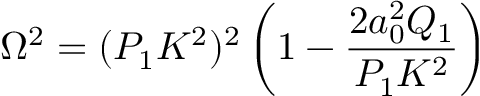
\Omega ^ { 2 } = ( P _ { 1 } K ^ { 2 } ) ^ { 2 } \left( 1 - \frac { 2 a _ { 0 } ^ { 2 } Q _ { 1 } } { P _ { 1 } K ^ { 2 } } \right)